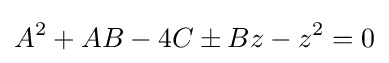
A^{2}+AB-4C\pm Bz-z^{2}=0